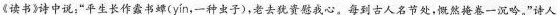
《读书》诗中说：”平生长作蠹书蟑( yin ，一种虫子)，老去犹资慰我心。每到古人名节处，慨然掩卷一沉吟。”诗人